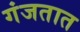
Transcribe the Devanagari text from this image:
गंजतात